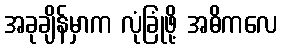
အခုချိန်မှာက လုံခြုံဖို့ အဓိကလေ